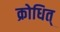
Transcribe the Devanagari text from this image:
क्रोधित्